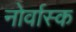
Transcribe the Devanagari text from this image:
नोर्वास्क